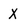
Character: X